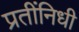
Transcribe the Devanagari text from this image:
प्रतींनिधी